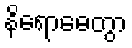
နိရောဓေတွာ